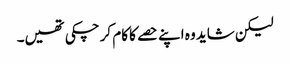
لیکن شاید وہ اپنے حصے کا کام کر چکی تھیں۔